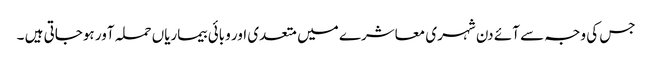
جس کی وجہ سے آئے دن شہری معاشرے میں متعدی اور وبائی بیماریاں حملہ آور ہوجاتی ہیں ۔